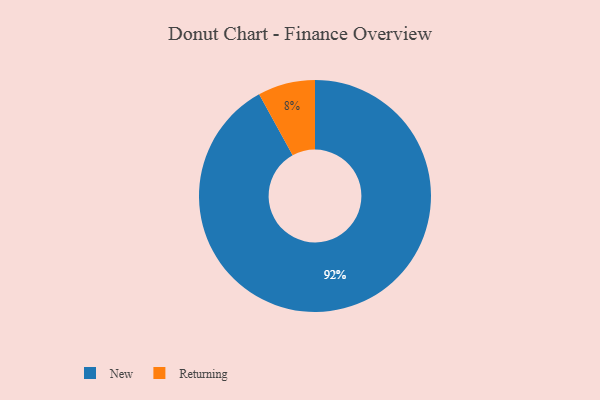
{"axis": {"x": "Category", "y": "Percentage"}, "legend": ["New", "Returning"], "data": [{"x": "Returning", "y": 8, "type": "Returning"}, {"x": "New", "y": 92, "type": "New"}]}